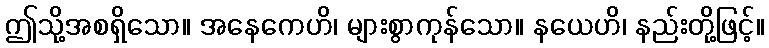
ဤသို့အစရှိသော။ အနေကေဟိ၊ များစွာကုန်သော။ နယေဟိ၊ နည်းတို့ဖြင့်။